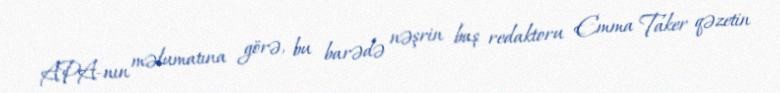
APA-nın məlumatına görə, bu barədə nəşrin baş redaktoru Emma Taker qəzetin